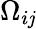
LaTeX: \Omega_{i\mathit{j}}